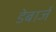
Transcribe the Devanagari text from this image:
डेबार्ज